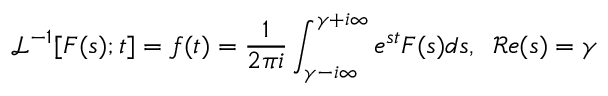
\mathcal { L } ^ { - 1 } [ F ( s ) ; t ] = f ( t ) = \frac { 1 } { 2 \pi i } \int _ { \gamma - i \infty } ^ { \gamma + i \infty } e ^ { s t } F ( s ) d s , \; \; \mathcal { R } e ( s ) = \gamma